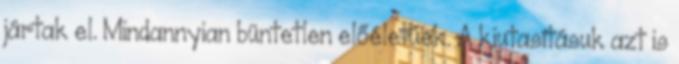
jártak el. Mindannyian büntetlen előéletűek. A kiutasításuk azt is